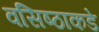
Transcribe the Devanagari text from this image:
वसिष्ठाकडे